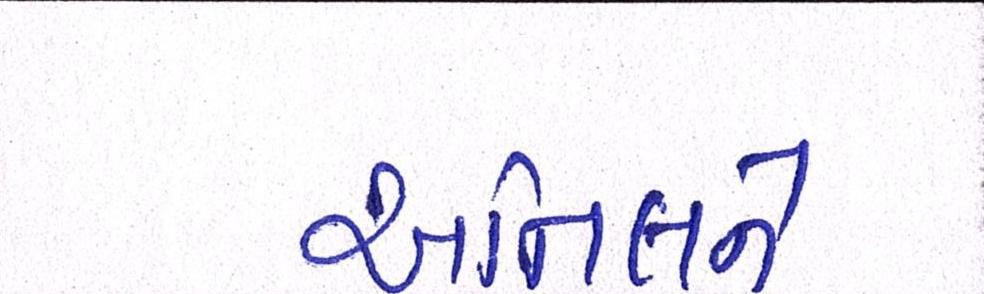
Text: અનિલને